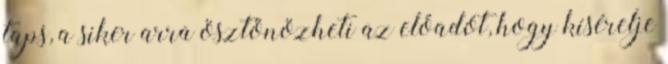
taps, a siker arra ösztönözheti az előadót, hogy kísérelje